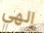
إلهي